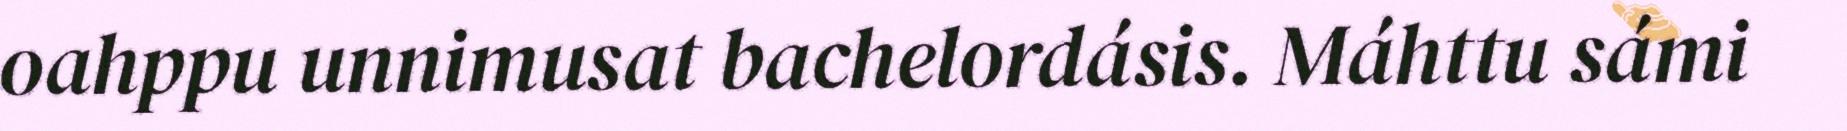
oahppu unnimusat bachelordásis. Máhttu sámi